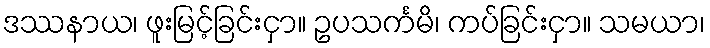
ဒဿနာယ၊ ဖူးမြင့်ခြင်းငှာ။ ဥပသင်္ကမိ၊ ကပ်ခြင်းငှာ။ သမယာ၊